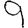
Digit: 9